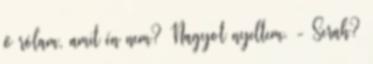
ő rólam, amit én nem? Nagyot nyeltem. - Serah?